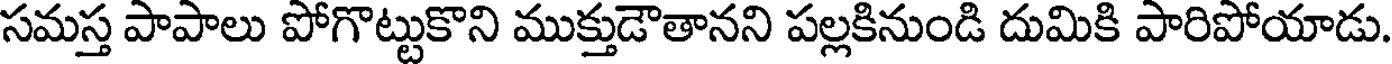
సమస్త పాపాలు పోగొట్టుకొని ముక్తుడౌతానని పల్లకినుండి దుమికి పారిపోయాడు.